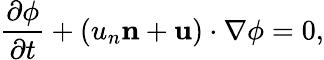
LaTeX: \frac{{\partial\phi}}{{\partial t}}+\left({{u_{n}}{\mathbf{n}}+{\mathbf{u}}}\right)\cdot\nabla\phi=0,